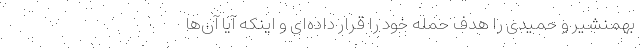
بهمنشیر و حمیدی را هدف حمله خود را قرار داده‌ای و اینکه آیا آن‌ها